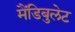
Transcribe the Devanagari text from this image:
मैंडिबुलेट